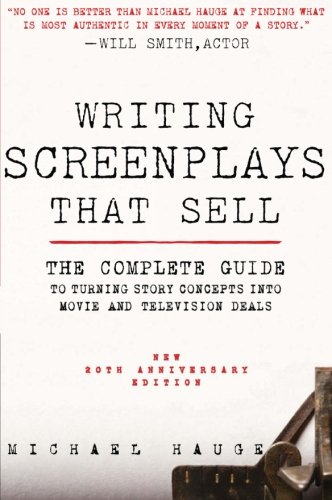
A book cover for Writing Screenplays That Sell, New Twentieth Anniversary Edition: The Complete Guide to Turning Story Concepts into Movie and Television Deals; Michael Hauge; Humor & Entertainment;